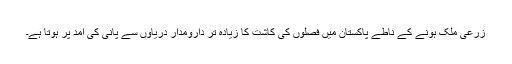
زرعی ملک ہونے کے ناطے پاکستان میں فصلوں کی کاشت کا زیادہ تر دارومدار دریاؤں سے پانی کی آمد پر ہوتا ہے۔